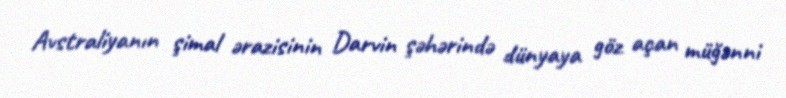
Avstraliyanın şimal ərazisinin Darvin şəhərində dünyaya göz açan müğənni